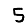
Digit: 5